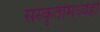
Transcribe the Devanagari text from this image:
संस्कृतीमध्येही